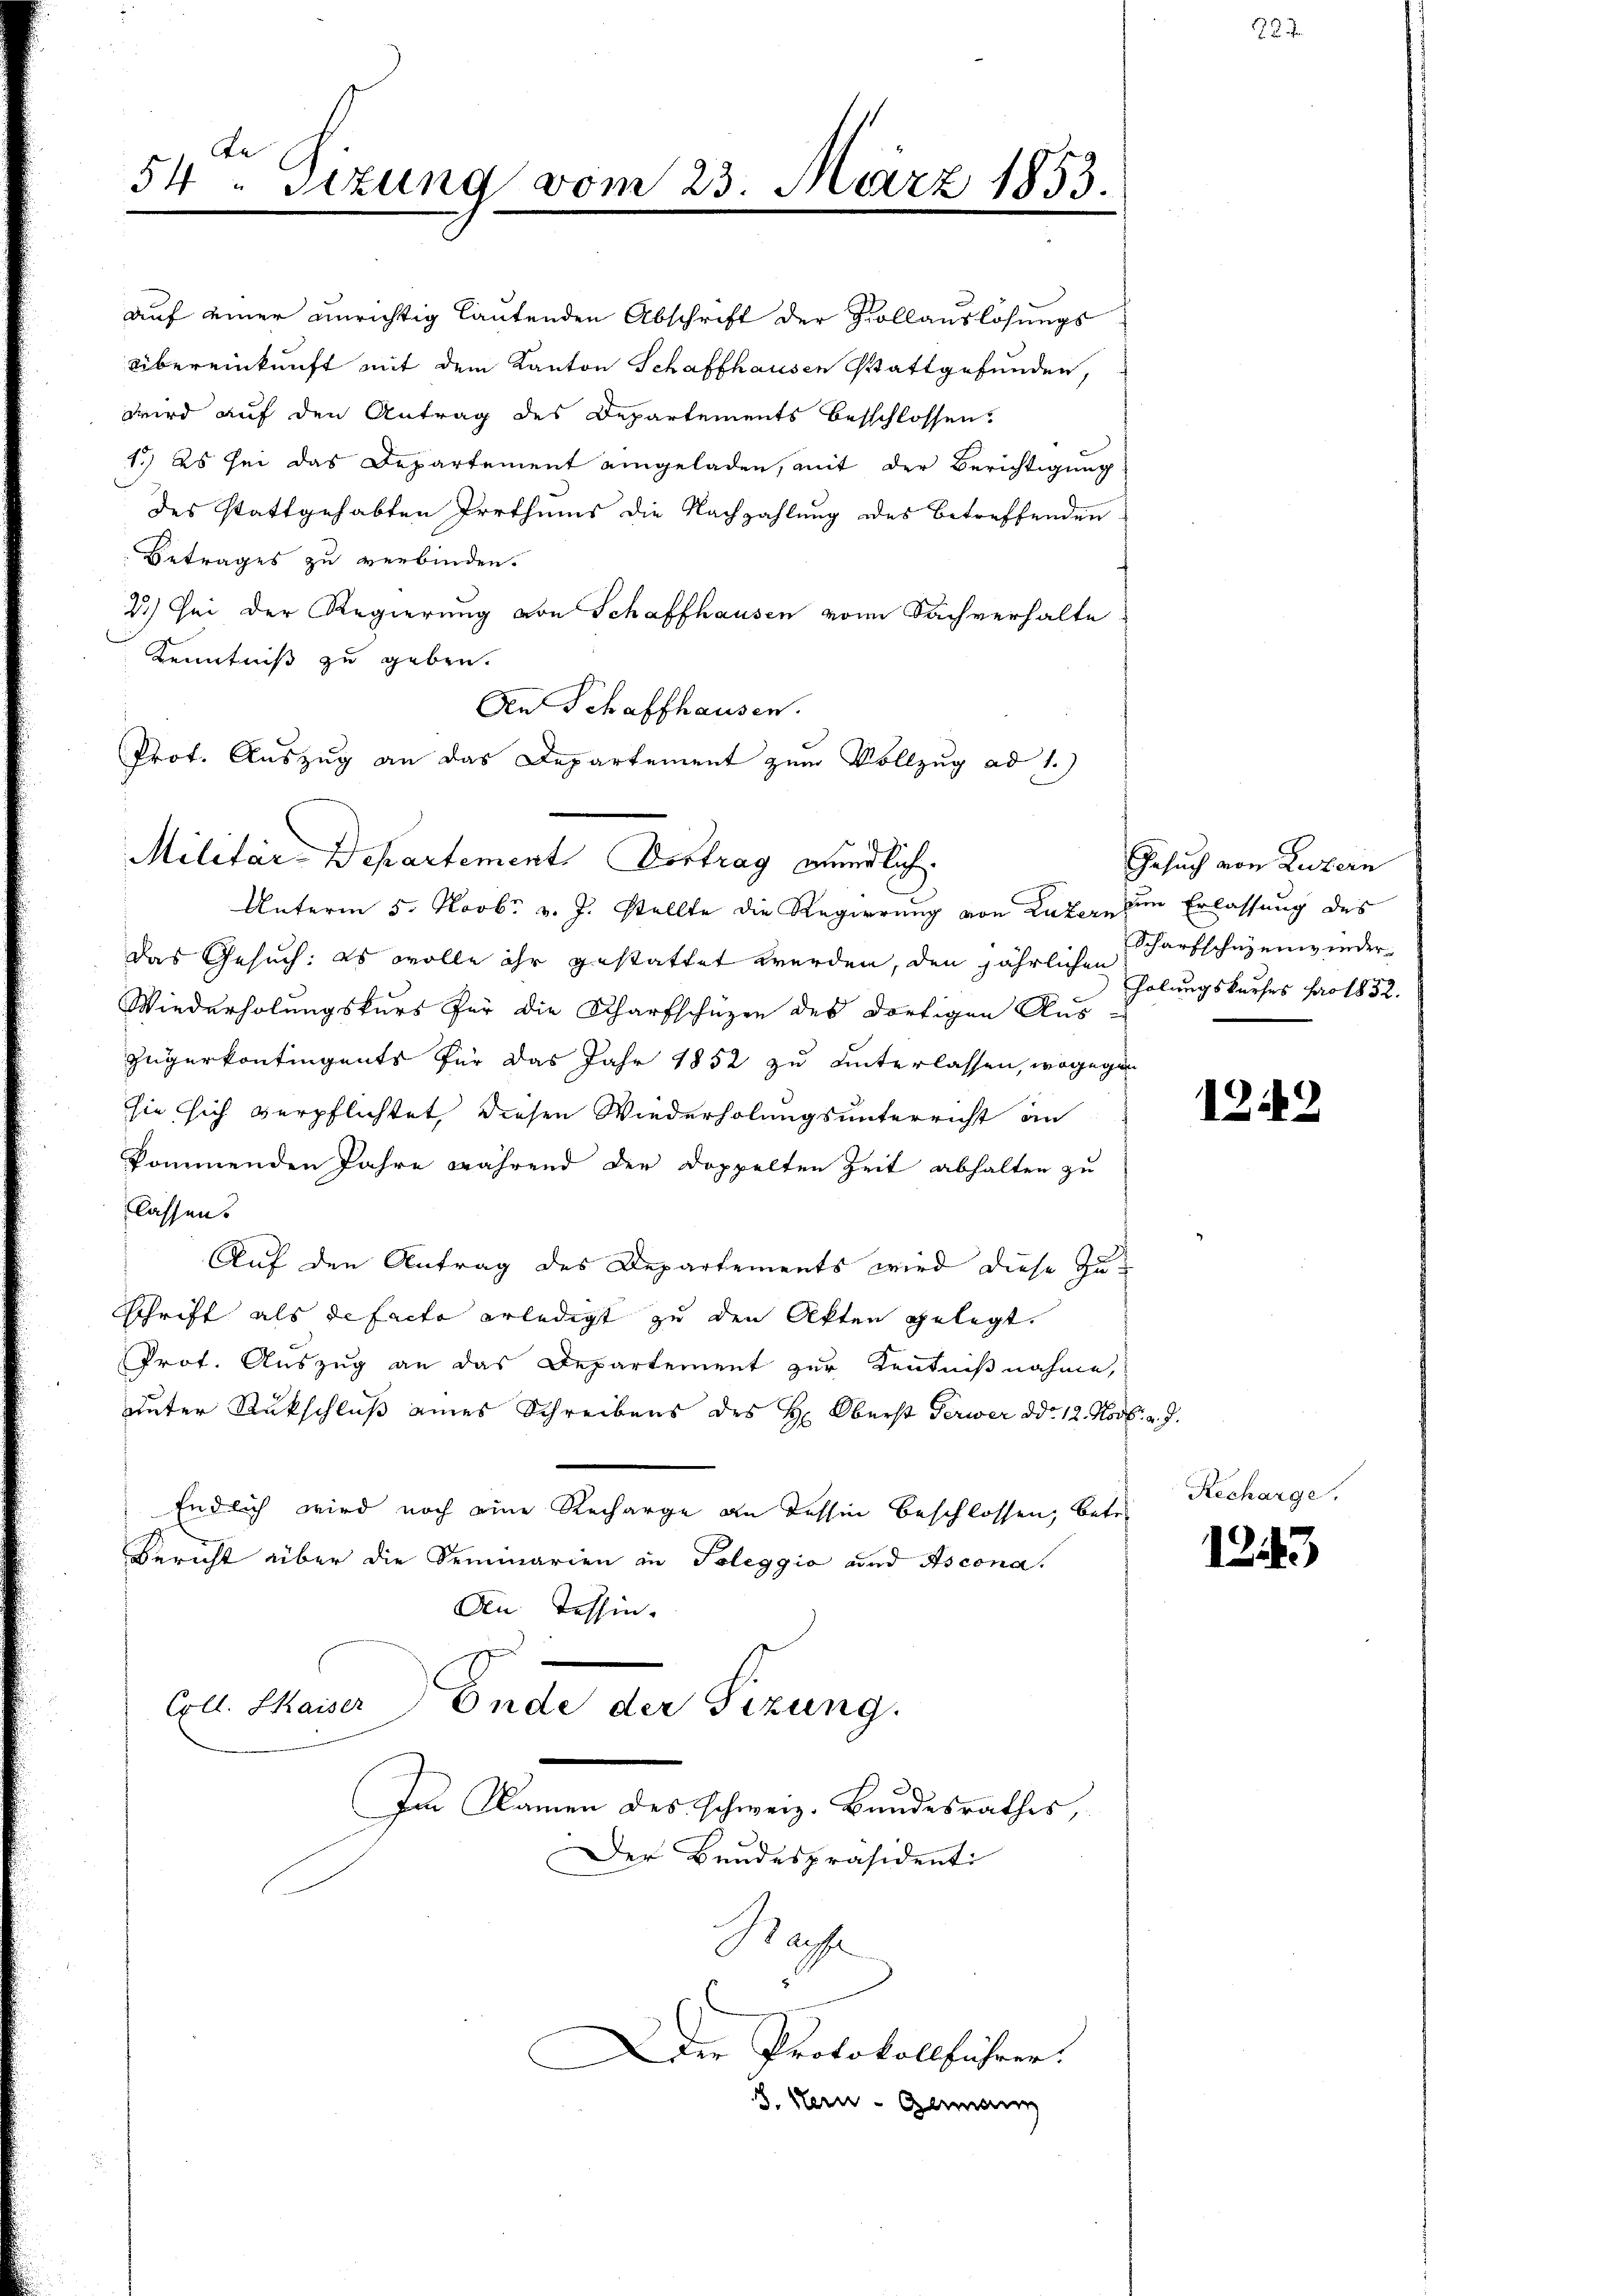
e
54 " Sizung vom 23. März 1853.

auf einer unrichtig lautenden Abschrift der Hollauslösungs
Übereinkunft mit dem Kanton Schaffhausen Stattgefunden,
wird auf den Antrag des Departements besschlossen.
1.) Es sei das Departement eingeladen, mit der Berichtigung
des stattgehabten Irrthums die Nachzahlung des betreffenden
Betrages zu verbinden.
2.) Sei der Regierung von Schaffhausen von Sachverhalte
Kenntniß zu geben.
Militär-Departement Vortrag mündlich.
das Gesuch: es wolle ihr gestattet werden, den jährlichen
Wiederholungskurs für die Scharfschüzen des dortigen Aus
zügerkontingents für das Jahr 1852 zu unterlassen, wogegen
sie sich verpflichtet, diesen Wiederholungsunterricht an
kommenden Jahre während der Doppelten Zeit abhalten zu
lassen.
Auf den Antrag des Departements wird diese Zu¬
Schrift als de facto erledigt zu den Akten gelegt.
Prot. Auszug an das Departement zur Kenntnißnahme,
unter Rückschluß eines Schreibens des H. Oberst Perwer ddo. 12. Nov. v. J.
Endlich wird noch eine Recharge an dessin beschlossen, betr.
Bericht über die Seminarien in Poleggio und Ascona
An Tessin.
Coll. Kaiser Ende der Sizung.
Im Namen des schweiz. Bundesrathes,
Der Bandespräsident:
Rache
Der Protokollführer.
8. Sein - Genann

Aen Schaffhausen.
Prot. Auszug an das Departement zum Vollzug ad 1.)
Unterm 5. Novbr. v. J. stellte die Regierung von Luzer, zum Erlassung des

Gesuch von Luzern
Scharfschüzenwieder
holungskurses pro 1832.

d. d.

1242

Recharge.

1243